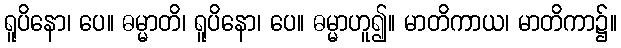
ရူပိနော၊ ပေ။ ဓမ္မာတိ၊ ရူပိနော၊ ပေ။ ဓမ္မာဟူ၍။ မာတိကာယ၊ မာတိကာ၌။